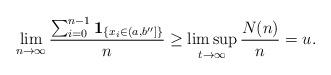
LaTeX: \begin{align*}\lim_{n\to\infty}\frac{\sum_{i=0}^{n-1}{\mathbf 1}_{\{x_i\in(a,b'']\}}}{n}\geq \limsup_{t\to\infty}\frac{N(n)}{n}=u.\end{align*}